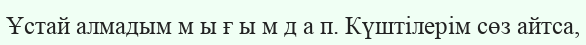
Ұстай алмадым м ы ғ ы м д а п. Күштілерім сөз айтса,